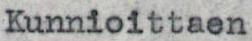
Kunnioittaen